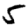
Digit: 5